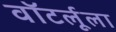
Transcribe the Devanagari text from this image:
वॉटर्लूला